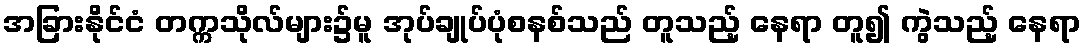
အခြားနိုင်ငံ တက္ကသိုလ်များ၌မူ အုပ်ချုပ်ပုံစနစ်သည် တူသည့် နေရာ တူ၍ ကွဲသည့် နေရာ